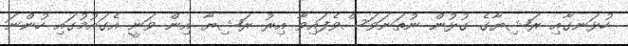
ހުޅަނގާއި ރަޝިޔާގެ ގުޅުން ނުތަނަވަސްވެފައިވާ އިރު ރަޝިޔާ އިން ވަނީ އެގައުމުގައި ހުންނަ